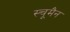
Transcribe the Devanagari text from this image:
स्चूमैन